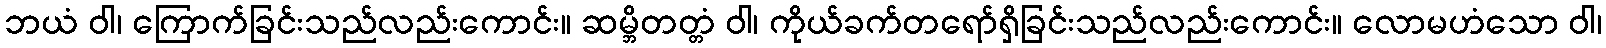
ဘယံ ဝါ၊ ကြောက်ခြင်းသည်လည်းကောင်း။ ဆမ္ဘိတတ္တံ ဝါ၊ ကိုယ်ခက်တရော်ရှိခြင်းသည်လည်းကောင်း။ လောမဟံသော ဝါ၊